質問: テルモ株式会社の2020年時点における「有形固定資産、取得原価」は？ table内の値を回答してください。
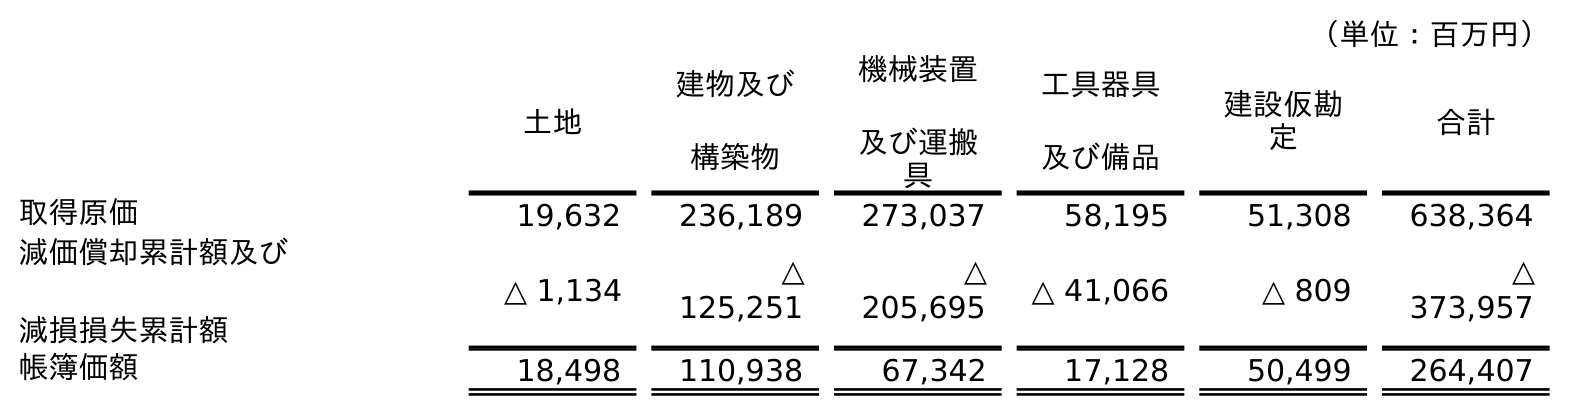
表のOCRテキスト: （単位：百万円） 土地 建物及び 構築物 機械装置 及び運搬 具 工具器具 及び備品 建設仮勘 定 合計 取得原価 19,632 236,189 273,037 58,195 51,308 638,364 減価償却累計額及び 減損損失累計額 △ 1,134 △ 125,251 △ 205,695 △ 41,066 △ 809 △ 373,957 帳簿価額 18,498 110,938 67,342 17,128 50,499 264,407
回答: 638,364